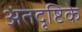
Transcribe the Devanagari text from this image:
अंतदृष्टिके